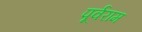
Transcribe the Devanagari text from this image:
पूर्वराम